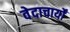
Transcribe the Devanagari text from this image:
वेदाचार्यों